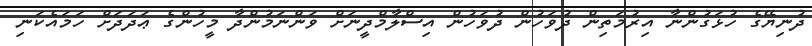
ދުނިޔޭގެ ހުޅަގުންނާ އިރުމަތިން ދުވަހުން ދުވަހުން އިސްލާމްދީނަށް ވަންނަމުންދާ މީހުންގެ ޢަދަދަށް ހަމައެކަނި